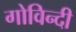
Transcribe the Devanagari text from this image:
गोविन्दी